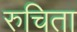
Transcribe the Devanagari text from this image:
रुचिता